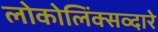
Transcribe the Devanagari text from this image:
लोकोलिंक्सव्दारे